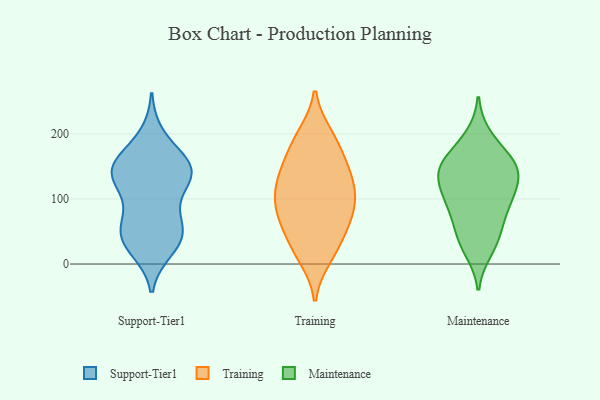
{"axis": {"x": "Conversion Rate (%)", "y": "Value"}, "legend": ["Maintenance", "Support-Tier1", "Training"], "data": [{"x": "", "y": 43, "type": "Support-Tier1"}, {"x": "", "y": 142, "type": "Support-Tier1"}, {"x": "", "y": 196, "type": "Support-Tier1"}, {"x": "", "y": 133, "type": "Support-Tier1"}, {"x": "", "y": 85, "type": "Support-Tier1"}, {"x": "", "y": 33, "type": "Support-Tier1"}, {"x": "", "y": 148, "type": "Support-Tier1"}, {"x": "", "y": 62, "type": "Support-Tier1"}, {"x": "", "y": 144, "type": "Support-Tier1"}, {"x": "", "y": 141, "type": "Support-Tier1"}, {"x": "", "y": 161, "type": "Support-Tier1"}, {"x": "", "y": 24, "type": "Support-Tier1"}, {"x": "", "y": 46, "type": "Support-Tier1"}, {"x": "", "y": 148, "type": "Support-Tier1"}, {"x": "", "y": 48, "type": "Support-Tier1"}, {"x": "", "y": 119, "type": "Support-Tier1"}, {"x": "", "y": 108, "type": "Training"}, {"x": "", "y": 76, "type": "Training"}, {"x": "", "y": 121, "type": "Training"}, {"x": "", "y": 131, "type": "Training"}, {"x": "", "y": 92, "type": "Training"}, {"x": "", "y": 198, "type": "Training"}, {"x": "", "y": 136, "type": "Training"}, {"x": "", "y": 58, "type": "Training"}, {"x": "", "y": 49, "type": "Training"}, {"x": "", "y": 88, "type": "Training"}, {"x": "", "y": 21, "type": "Training"}, {"x": "", "y": 159, "type": "Training"}, {"x": "", "y": 192, "type": "Training"}, {"x": "", "y": 156, "type": "Training"}, {"x": "", "y": 132, "type": "Training"}, {"x": "", "y": 69, "type": "Training"}, {"x": "", "y": 21, "type": "Training"}, {"x": "", "y": 11, "type": "Training"}, {"x": "", "y": 92, "type": "Training"}, {"x": "", "y": 191, "type": "Training"}, {"x": "", "y": 128, "type": "Maintenance"}, {"x": "", "y": 147, "type": "Maintenance"}, {"x": "", "y": 144, "type": "Maintenance"}, {"x": "", "y": 112, "type": "Maintenance"}, {"x": "", "y": 82, "type": "Maintenance"}, {"x": "", "y": 166, "type": "Maintenance"}, {"x": "", "y": 88, "type": "Maintenance"}, {"x": "", "y": 48, "type": "Maintenance"}, {"x": "", "y": 196, "type": "Maintenance"}, {"x": "", "y": 99, "type": "Maintenance"}, {"x": "", "y": 159, "type": "Maintenance"}, {"x": "", "y": 21, "type": "Maintenance"}, {"x": "", "y": 139, "type": "Maintenance"}, {"x": "", "y": 40, "type": "Maintenance"}]}